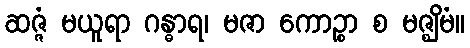
ဆဇ္ဇံ မယူရာ ဂန္ဓာရ၊ မဇာ ကောဉ္စာ စ မဇ္ဈိမံ။